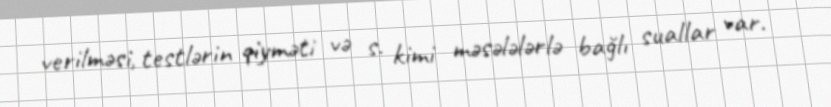
verilməsi, testlərin qiyməti və s. kimi məsələlərlə bağlı suallar var.